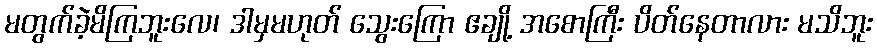
မတွက်ခဲ့မိကြဘူးလေ၊ ဒါမှမဟုတ် သွေးကြော ဧချို့ အစောကြီး ပိတ်နေတာလား မသိဘူး